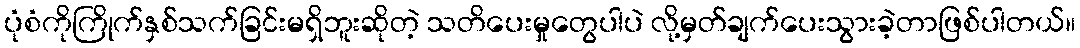
ပုံစံကိုကြိုက်နှစ်သက်ခြင်းမရှိဘူးဆိုတဲ့ သတိပေးမှုတွေပါပဲ လို့မှတ်ချက်ပေးသွားခဲ့တာဖြစ်ပါတယ်။